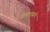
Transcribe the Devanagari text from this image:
फवार्‍याने